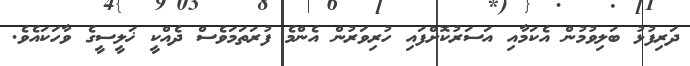
ދަރިފުޅު ބަލިވުމުން އެކަމާއި އަސަރުކޮށްފައި ހުރިވަރުން އެންމެ ފުރަތަމަވެސް ދެއްކީ ޚަލީސީގެ ވާހަކައެވެ.